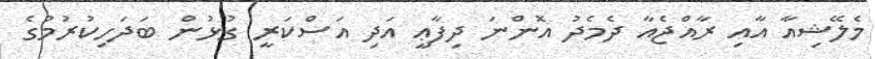
މެލޭޝިއާ އާއި ރާއްޖެއާ ދެމެދު އޮންނަ ދިފާޢީ އަދި އަސްކަރީ ގުޅުން ބަދަހިކުރުމުގެ